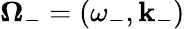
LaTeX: \boldsymbol{\Omega}_{-}=(\omega_{-},\mathbf{k}_{-})